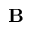
\mathbf { B }